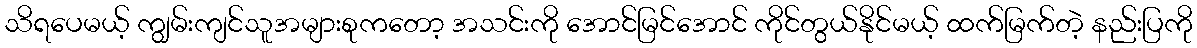
သိရပေမယ့် ကျွမ်းကျင်သူအများစုကတော့ အသင်းကို အောင်မြင်အောင် ကိုင်တွယ်နိုင်မယ့် ထက်မြက်တဲ့ နည်းပြကို